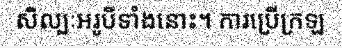
សិល្បៈអរូបីទាំងនោះ។ ការប្រើក្រឡ